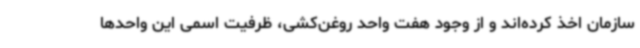
سازمان اخذ کرده‌اند و از وجود هفت واحد روغن‌کشی، ظرفیت اسمی این واحدها